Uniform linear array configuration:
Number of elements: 32
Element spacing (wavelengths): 1
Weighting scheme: hann
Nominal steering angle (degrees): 30
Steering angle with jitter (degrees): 31.749
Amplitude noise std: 0.05
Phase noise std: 0.05

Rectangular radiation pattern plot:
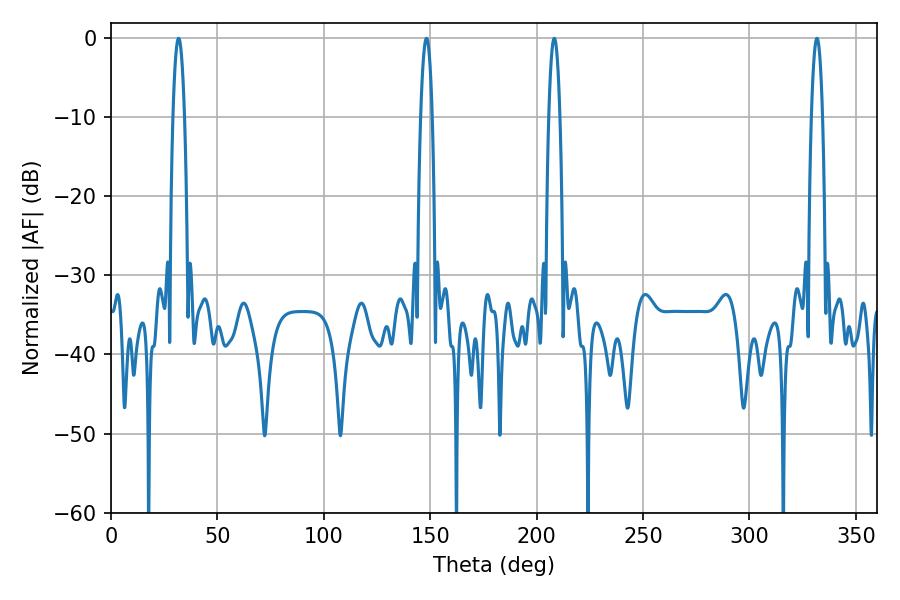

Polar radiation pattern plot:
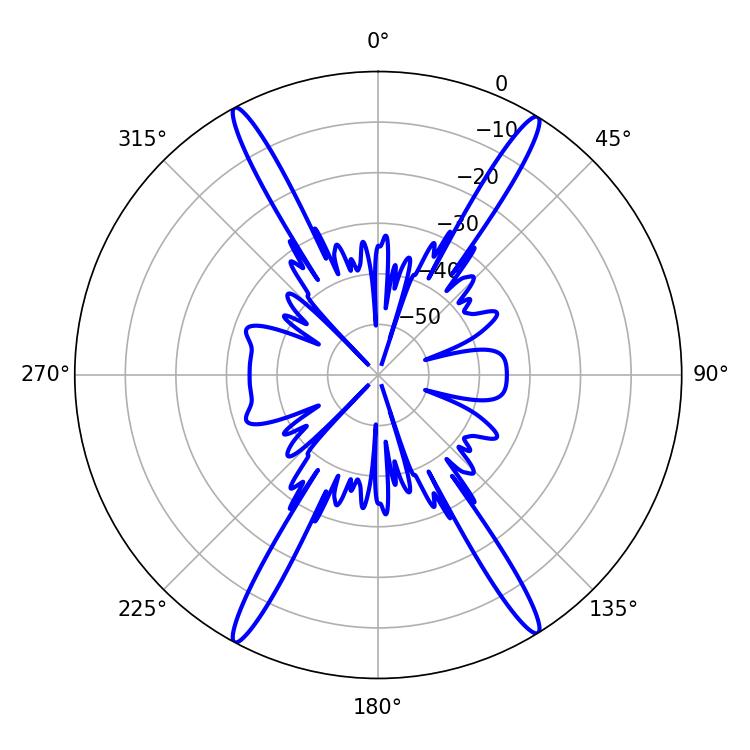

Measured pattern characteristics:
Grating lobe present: TRUE
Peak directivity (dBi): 24.086
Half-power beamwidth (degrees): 2.88
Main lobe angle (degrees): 208.26